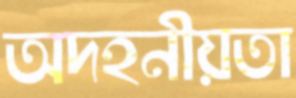
অদহনীয়তা